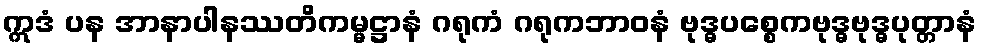
ဣဒံ ပန အာနာပါနဿတိကမ္မဋ္ဌာနံ ဂရုကံ ဂရုကဘာဝနံ ဗုဒ္ဓပစ္စေကဗုဒ္ဓဗုဒ္ဓပုတ္တာနံ